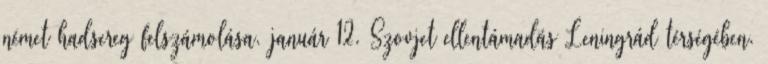
német hadsereg felszámolása. január 12. Szovjet ellentámadás Leningrád térségében.